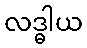
လဒ္ဓါယ